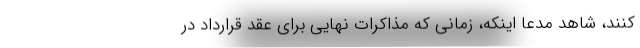
کنند، شاهد مدعا اینکه، زمانی که مذاکرات نهایی برای عقد قرارداد در